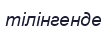
тілінгенде